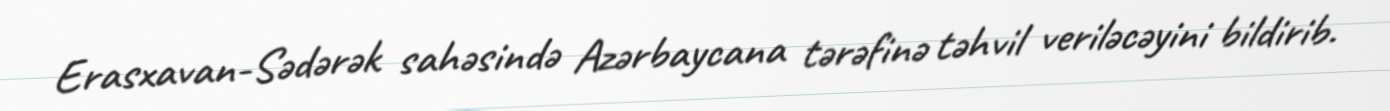
Erasxavan-Sədərək sahəsində Azərbaycana tərəfinə təhvil veriləcəyini bildirib.